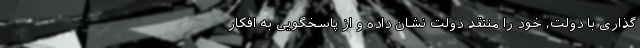
‌گذاری با دولت، خود را منتقد دولت نشان داده و از پاسخگویی به افکار